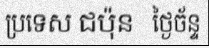
ប្រទេស ជប៉ុន   ថ្ងៃច័ន្ទ